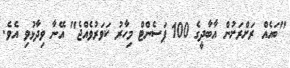
"ބައެއް ރަށްރަށުން އާބާދީގެ 100 ޕަސެންޓް މިހާރު ކަވަރުވެއްޖެ" އޭނާ ވިދާޅުވި އެވެ.